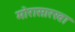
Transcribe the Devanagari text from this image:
मोरासारखा